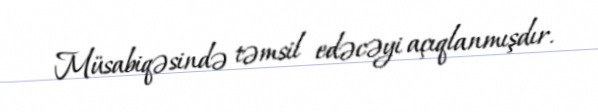
Müsabiqəsində təmsil edəcəyi açıqlanmışdır.